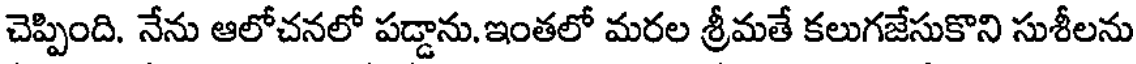
చెప్పింది. నేను ఆలోచనలో పడ్డాను.ఇంతలో మరల శ్రీమతే కలుగజేసుకొని సుశీలను